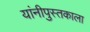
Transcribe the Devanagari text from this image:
यांनीपुस्तकाला